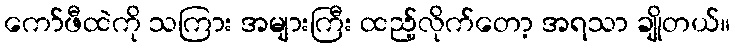
ကော်ဖီထဲကို သကြား အများကြီး ထည့်လိုက်တော့ အရသာ ချိုတယ်။